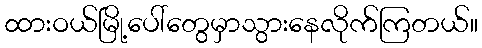
ထားဝယ်မြို့ပေါ်တွေမှာသွားနေလိုက်ကြတယ်။